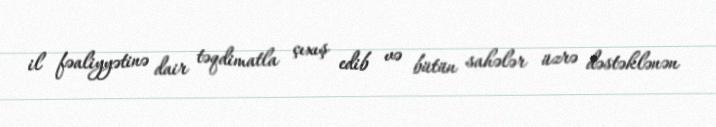
il fəaliyyətinə dair təqdimatla çıxış edib və bütün sahələr üzrə dəstəklənən